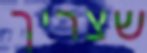
שצריך